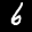
Label: 6